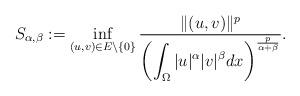
LaTeX: \begin{align*}S_{\alpha,\beta} :=\inf\limits_{(u,v)\in E\backslash\{0\}} \frac{\|(u,v)\|^p}{\left(\displaystyle\int_{\Omega}|u|^{\alpha}|v|^\beta dx\right)^{\frac{p}{\alpha+\beta}}}.\end{align*}